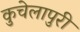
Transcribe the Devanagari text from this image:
कुचेलापुरी